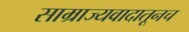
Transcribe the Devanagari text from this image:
साम्राज्यवादातूनच